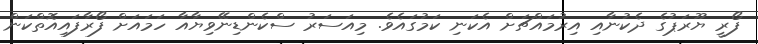
ފޯރީ ޔޫރަޕުގެ ދެކުނާއި އިރުމައްޗަށް އެކަނި ކަމުގައެވެ. މިއަސަރު ސްކެންޑިނޭވިޔާއާ ހަމައަށް ފޯރާފައިއޮތްކަން